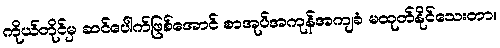
ကိုယ်တိုင်မှ ဆင်ပေါက်ဖြစ်အောင် စာအုပ်အကုန်အကျခံ မထုတ်နိုင်သေးတာ။